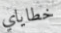
خطاياي